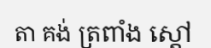
តា គង់ ត្រពាំង ស្តៅ